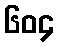
၆၀၄